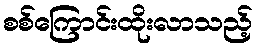
စစ်ကြောင်းထိုးလာသည့်